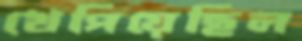
খেপিয়েছিল